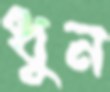
ধুন